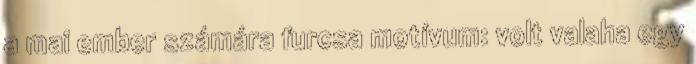
a mai ember számára furcsa motívum: volt valaha egy